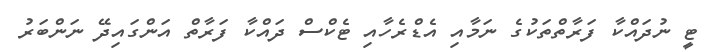
ޓީ ނުދައްކާ ފަރާތްތަކުގެ ނަމާއި އެޑްރެހާއި ޓެކްސް ދައްކާ ފަރާތް އަންގައިދޭ ނަންބަރު